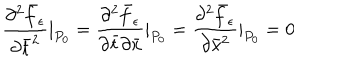
\frac { \partial ^ { 2 } \bar { f } _ { \epsilon } } { \partial \bar { t } ^ { 2 } } | _ { P _ { 0 } } = \frac { \partial ^ { 2 } \bar { f } _ { \epsilon } } { \partial \bar { t } \partial \bar { x } } | _ { P _ { 0 } } = \frac { \partial ^ { 2 } \bar { f } _ { \epsilon } } { \partial \bar { x } ^ { 2 } } | _ { P _ { 0 } } = 0